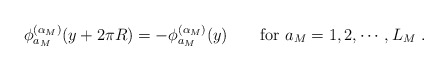
\begin{align*}\phi_{a_M}^{(\alpha_M)}(y+2\pi R)=-\phi_{a_M}^{(\alpha_M)}(y)\qquad\mbox{for $a_M=1,2,\cdots,L_M$}\ .\end{align*}